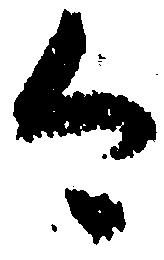
今